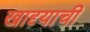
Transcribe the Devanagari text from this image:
खाद्द्याची